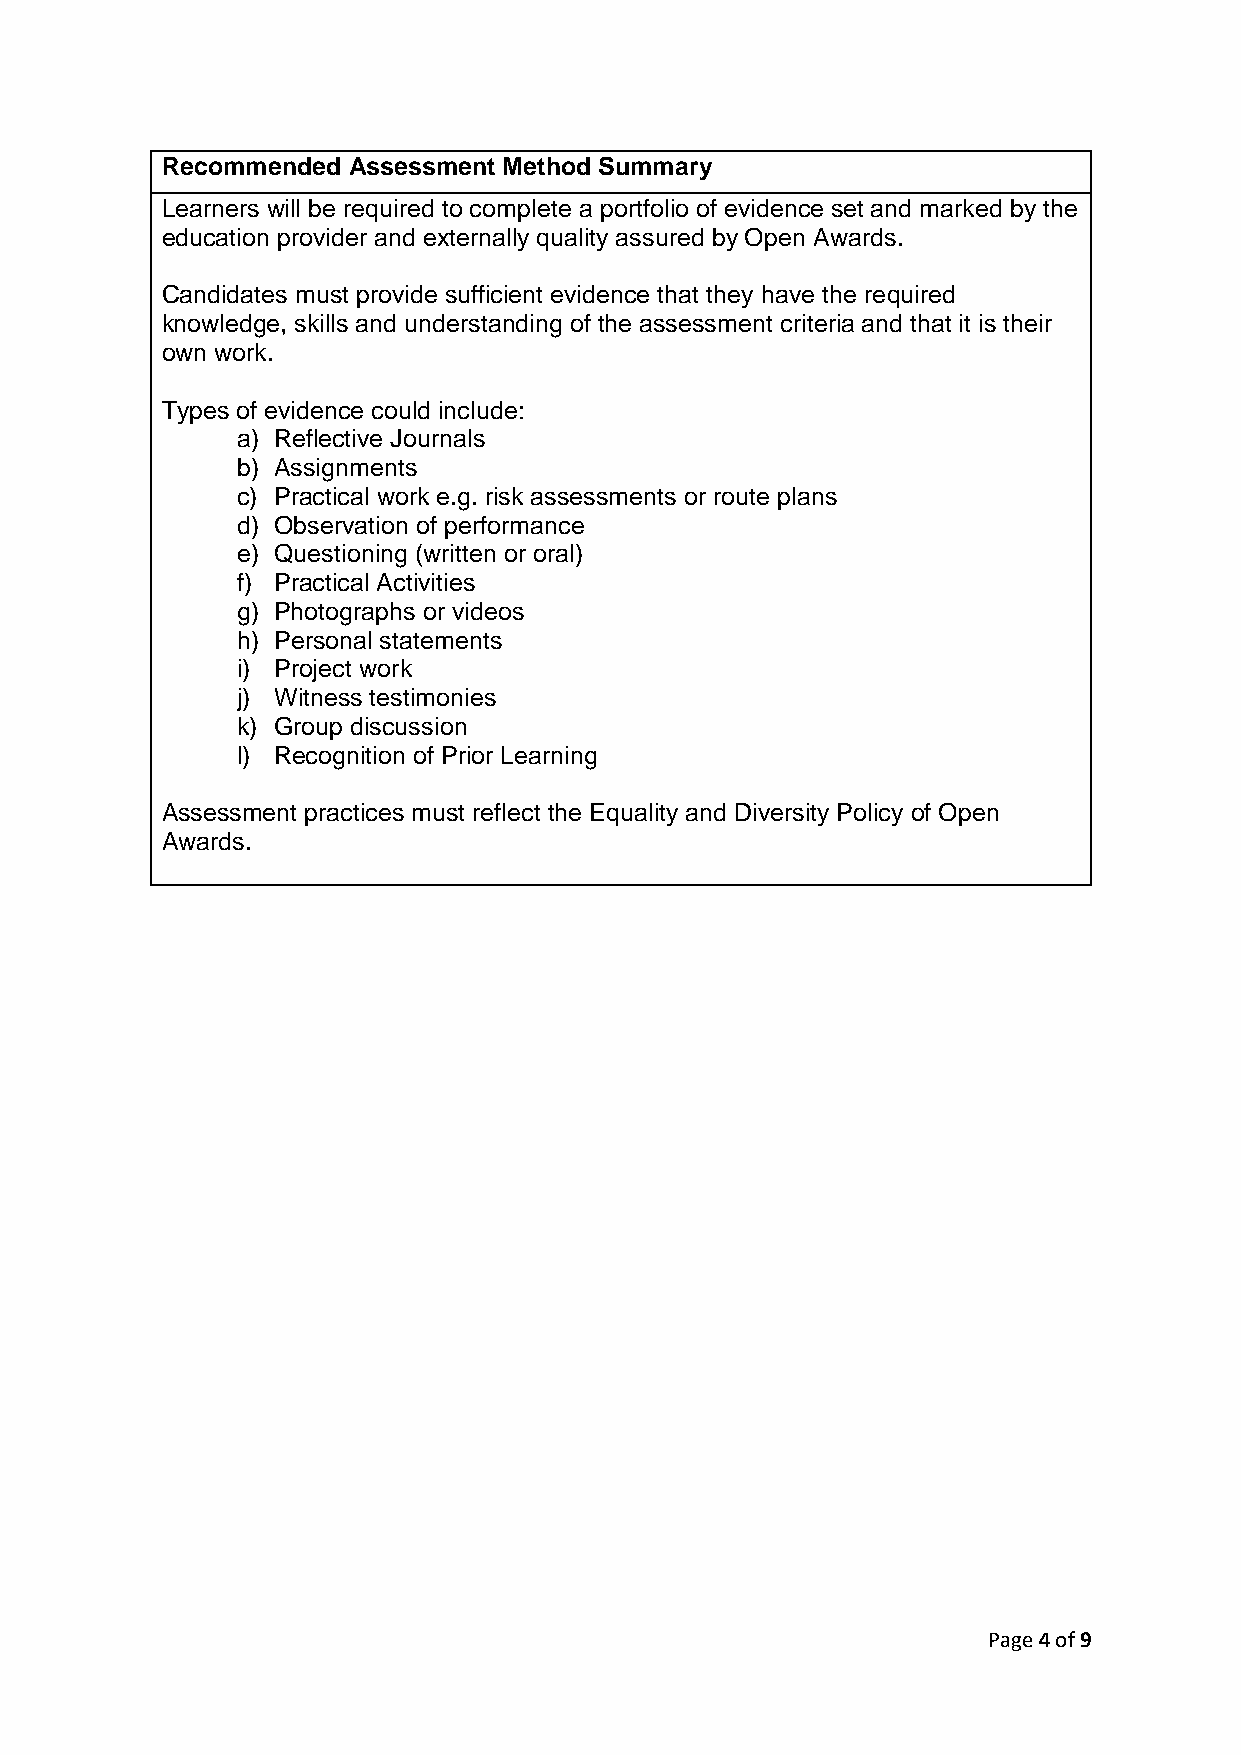
Recommended Assessment Method Summary
 Learners will be required to complete a portfolio of evidence set and marked by the
 education provider and externally quality assured by Open Awards.
 Candidates must provide sufficient evidence that they have the required
 knowledge, skills and understanding of the assessment criteria and that it is their
 own work.
 Types of evidence could include:
 a) Reflective Journals
 b) Assignments
 c) Practical work e.g. risk assessments or route plans
 d) Observation of performance
 e) Questioning (written or oral)
 f) Practical Activities
 g) Photographs or videos
 h) Personal statements
 i) Project work
 j) Witness testimonies
 k) Group discussion
 l) Recognition of Prior Learning
 Assessment practices must reflect the Equality and Diversity Policy of Open
 Awards.
 Page 4 of 9